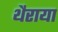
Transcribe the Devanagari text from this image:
थैराया